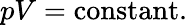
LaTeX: pV=\mathrm{constant}.\,